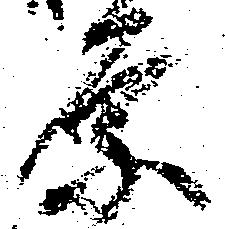
原